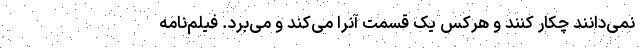
نمی‌دانند چکار کنند و هرکس یک قسمت آنرا می‌کند و می‌برد. فیلم‌نامه